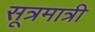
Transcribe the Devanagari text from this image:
सूत्रमात्री